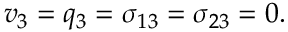
v _ { 3 } = q _ { 3 } = \sigma _ { 1 3 } = \sigma _ { 2 3 } = 0 .